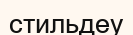
стильдеу